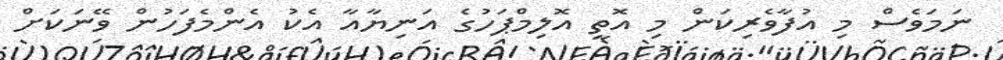
ނަމަވެސް މި އުފާވެރިކަން މި އޮތީ އޮލިމްޕަހުގެ އަނިޔާއާ އެކު އެންމެފަހުން ވޭނަކަށް